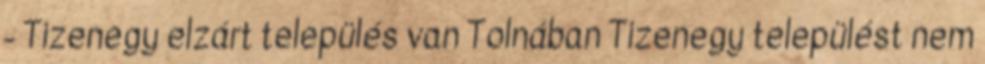
- Tizenegy elzárt település van Tolnában Tizenegy települést nem